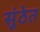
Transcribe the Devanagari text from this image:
सुंठेत